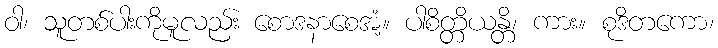
ဝါ၊ သူတစ်ပါးကိုမူလည်း စောဒနာစေအံ့။ ပါစိတ္တိယန္တိ၊ ကား။ စုဒိတကော၊